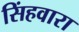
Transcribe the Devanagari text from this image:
सिंहवारा